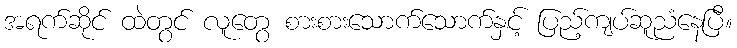
အရက်ဆိုင် ထဲတွင် လူတွေ စားစားသောက်သောက်နှင့် ပြည့်ကျပ်ဆူညံနေပြီ။